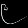
Digit: ၉